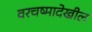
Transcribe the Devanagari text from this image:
वरचष्मादेखील